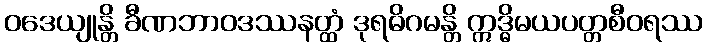
ဝဒေယျုန္တိ ခီဏဘာဝဒဿနတ္ထံ ဒုရဓိဂမန္တိ ဣဒ္ဓိမယပတ္တစီဝရဿ